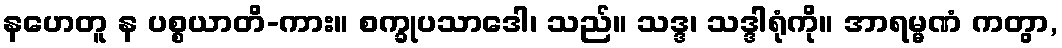
နဟေတူ န ပစ္စယာတိ-ကား။ စက္ခုပသာဒေါ၊ သည်။ သဒ္ဒ၊ သဒ္ဒါရုံကို။ အာရမ္မဏံ ကတွာ,